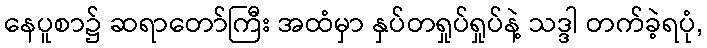
နေပူစာ၌ ဆရာတော်ကြီး အထံမှာ နှပ်တရှုပ်ရှုပ်နဲ့ သဒ္ဒါ တက်ခဲ့ရပုံ,